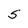
Character: S